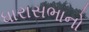
ધારાસભાનો